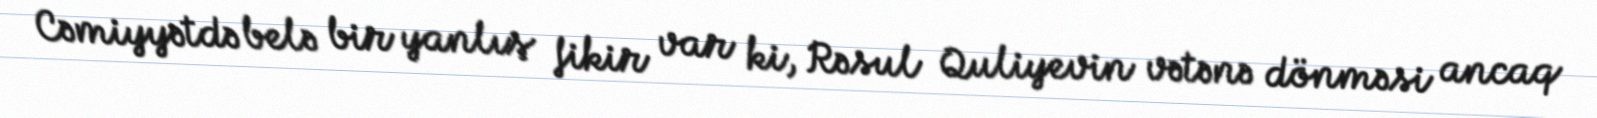
Cəmiyyətdə belə bir yanlış fikir var ki, Rəsul Quliyevin vətənə dönməsi ancaq